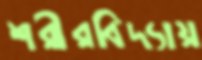
শরীরবিদ্যায়